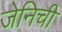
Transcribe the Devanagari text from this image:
जेनिची